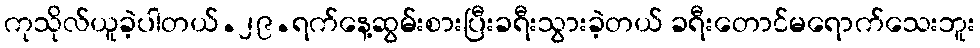
ကုသိုလ်ယူခဲ့ပါတယ်.၂၉.ရက်နေ့ဆွမ်းစားပြီးခရီးသွားခဲ့တယ် ခရီးတောင်မရောက်သေးဘူး